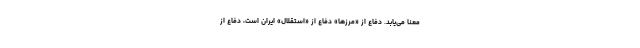
معنا می‌یابد. دفاع از «مرزها» دفاع از «استقلال» ایران است، دفاع از